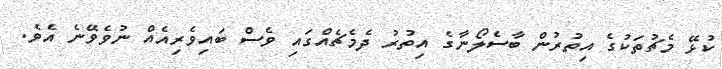
ކުޅޭ މެޗުތަކުގެ އިތުރުން ބާސެލޯނާގެ އިތުރު ދެމެޗެއްގައި ވެސް ބައިވެރިއެއް ނުވެވޭނެ އެވެ.